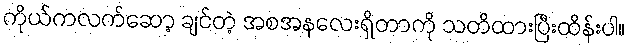
ကိုယ်ကလက်ဆော့ ချင်တဲ့ အစအနလေးရှိတာကို သတိထားပြီးထိန်းပါ။